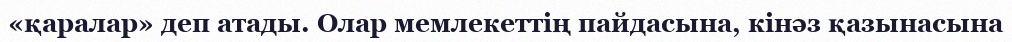
«қаралар» деп атады. Олар мемлекеттің пайдасына, кінәз қазынасына